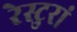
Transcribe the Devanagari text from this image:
रेस्टुरां